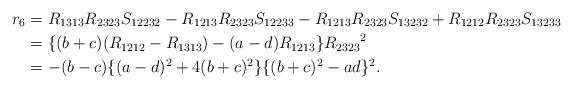
LaTeX: \begin{align*}r_6 & = R_{1313}R_{2323}S_{12232}-R_{1213}R_{2323}S_{12233}-R_{1213}R_{2323}S_{13232}+R_{1212}R_{2323}S_{13233} \\& = \{ (b+c)(R_{1212}-R_{1313})-(a-d)R_{1213} \}R_{2323}{}^2 \\& = -(b-c) \{(a-d)^2+4(b+c)^2 \} \{(b+c)^2-ad \}^2.\end{align*}